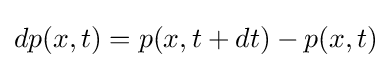
dp(x,t)=p(x,t+dt)-p(x,t)